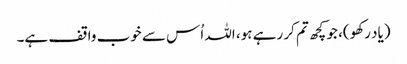
(یاد رکھو)، جو کچھ تم کر رہے ہو، اللہ اُس سے خوب واقف ہے۔